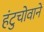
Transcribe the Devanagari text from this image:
हंटुचोवाने